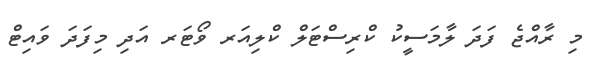
މި ރާއްޖެ ފަދަ ލާމަސީކު ކްރިސްޓަލް ކްލިއަރ ވޯޓަރ އަދި މިފަދަ ވައިޓް